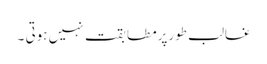
غالب طورپرمطابقت نہیں ہوتی ۔